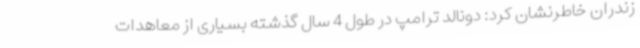
زندران خاطرنشان کرد: دونالد ترامپ در طول 4 سال گذشته بسیاری از معاهدات